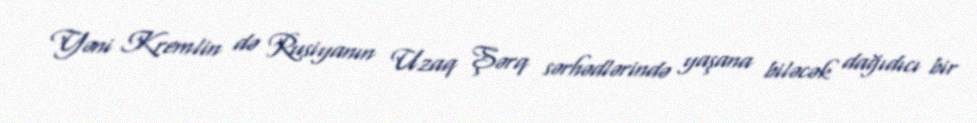
Yəni Kremlin də Rusiyanın Uzaq Şərq sərhədlərində yaşana biləcək dağıdıcı bir